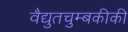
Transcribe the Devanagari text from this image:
वैद्युतचुम्बकीकी